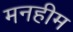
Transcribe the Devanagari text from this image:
मनहीम